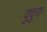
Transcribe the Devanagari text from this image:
दुदुरा